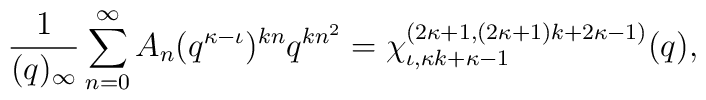
\frac{1}{(q)_{\infty}} \sum_{n=0}^{\infty }A_n (q^{\kappa -\iota })^{kn} q^{kn^2 }= \chi^{(2\kappa +1, (2\kappa +1)k + 2\kappa -1)}_{        \iota , \kappa k +\kappa -1}(q),